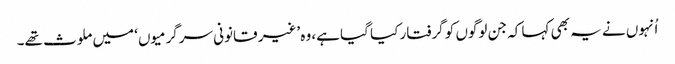
اُنہوں نے یہ بھی کہا کہ جن لوگوں کو گرفتار کیا گیا ہے، وہ ’غیر قانونی سرگرمیوں‘ میں ملوث تھے۔